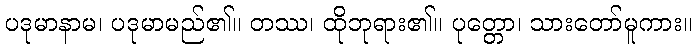
ပဒုမာနာမ၊ ပဒုမာမည်၏။ တဿ၊ ထိုဘုရား၏။ ပုတ္တော၊ သားတော်မူကား။